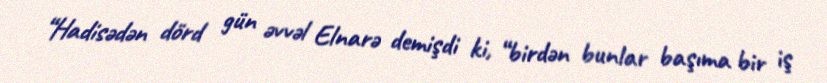
“Hadisədən dörd gün əvvəl Elnarə demişdi ki, “birdən bunlar başıma bir iş